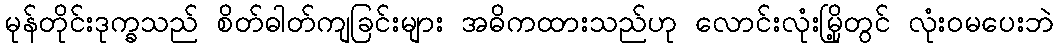
မုန်တိုင်းဒုက္ခသည် စိတ်ဓါတ်ကျခြင်းများ အဓိကထားသည်ဟု လောင်းလုံးမြို့တွင် လုံးဝမပေးဘဲ